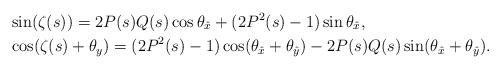
LaTeX: \begin{align*}&\sin(\zeta(s)) = 2P(s)Q(s) \cos\theta_{\hat x} + (2P^2(s)-1) \sin\theta_{\hat x}, \\&\cos(\zeta(s)+\theta_y) = {(2P^2(s)-1)\cos(\theta_{\hat x}+ \theta_{\hat y})- 2P(s)Q(s) \sin(\theta_{\hat x}+ \theta_{\hat y})}.\end{align*}